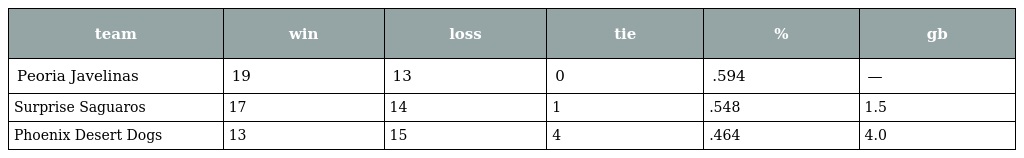
| team | win | loss | tie | % | gb |
 | --- | --- | --- | --- | --- | --- |
 | Peoria Javelinas | 19 | 13 | 0 | .594 | — |
 | Surprise Saguaros | 17 | 14 | 1 | .548 | 1.5 |
 | Phoenix Desert Dogs | 13 | 15 | 4 | .464 | 4.0 |